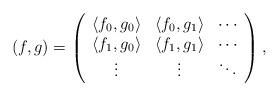
LaTeX: \begin{align*}\left( f,g \right)=\left(\begin{array}{ccc}\langle f_0,g_0\rangle&\langle f_0,g_1\rangle&\cdots\\\langle f_1,g_0\rangle&\langle f_1,g_1\rangle&\cdots\\\vdots&\vdots&\ddots\end{array}\right),\end{align*}